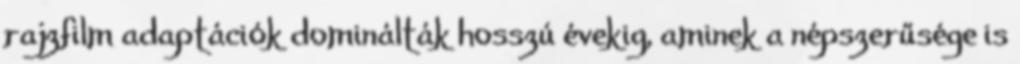
rajzfilm adaptációk dominálták hosszú évekig, aminek a népszerűsége is